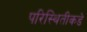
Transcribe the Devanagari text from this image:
परिस्थितीकडे